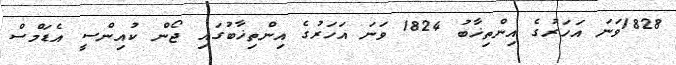
1828ވަނަ އަހަރުގެ އިންތިޚާބު 1824 ވަނަ އަހަރުގެ އިންތިޚާބުގައި ޖޯން ކުއިންސީ އެޑަމްސް